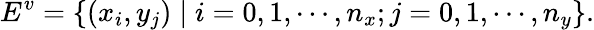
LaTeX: E^{v}=\left\{ \left(x_{i},y_{j}\right)\mid i=0,1,\cdots,n_{x};j=0,1,\cdots,n_{y}\right\} .